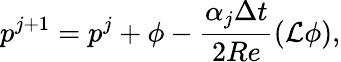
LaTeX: p^{j+1}=p^{j}+\phi-\frac{\alpha_{j}\Delta t}{2Re}\left(\mathcal{L}\phi\right),